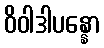
ဝိဝါဒါပန္နော